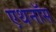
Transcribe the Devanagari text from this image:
एथनॉस